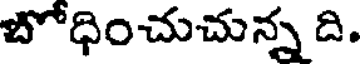
బోధించుచున్న ది.